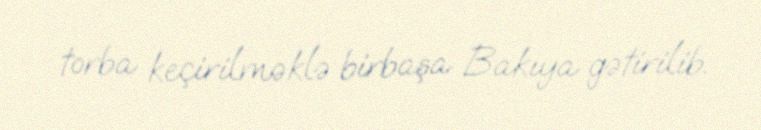
torba keçirilməklə birbaşa Bakıya gətirilib.